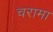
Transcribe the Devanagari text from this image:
चरामा